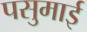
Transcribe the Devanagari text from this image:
पसुमाई